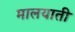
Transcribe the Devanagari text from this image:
मालयाती